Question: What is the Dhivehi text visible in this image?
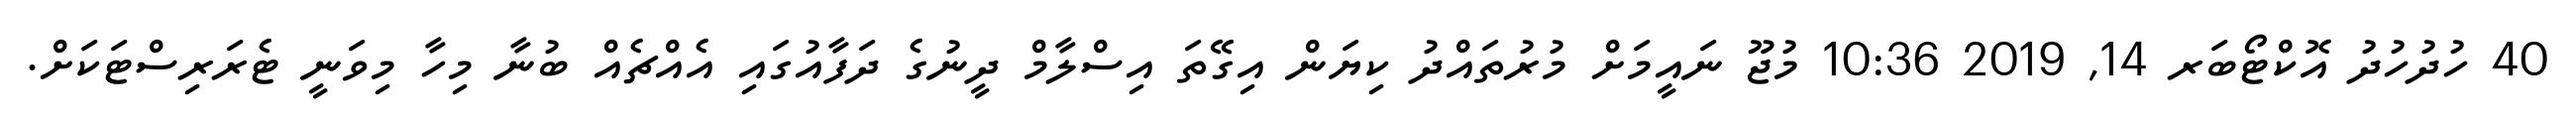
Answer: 40 ހުދުހުދު އޮކްޓޯބަރ 14, 2019 10:36 މުޖޫ ނައީމަށް މުރުތައްދު ކިޔަން އިގޭތަ އިސްލާމް ދީނުގެ ދަފާއުގައި އެއްޗެއް ބުނާ މިހާ މިވަނީ ޓެރަރިސްޓަކަށް.